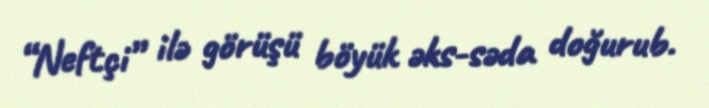
“Neftçi” ilə görüşü böyük əks-səda doğurub.